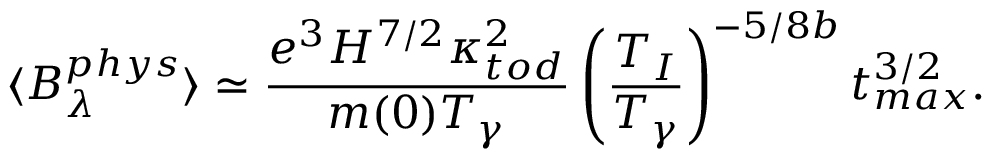
\langle B _ { \lambda } ^ { p h y s } \rangle \simeq \frac { e ^ { 3 } H ^ { 7 / 2 } \kappa _ { t o d } ^ { 2 } } { m ( 0 ) T _ { \gamma } } \left( \frac { T _ { I } } { T _ { \gamma } } \right) ^ { - 5 / 8 b } t _ { m a x } ^ { 3 / 2 } .